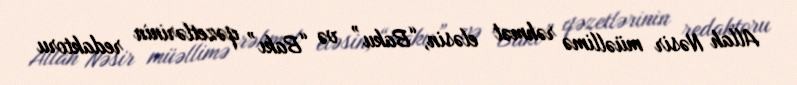
Allah Nəsir müəllimə rəhmət eləsin, “Baku” və “Bakı” qəzetlərinin redaktoru